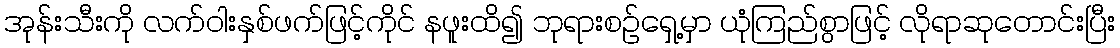
အုန်းသီးကို လက်ဝါးနှစ်ဖက်ဖြင့်ကိုင် နဖူးထိ၍ ဘုရားစဉ်ရှေ့မှာ ယုံကြည်စွာဖြင့် လိုရာဆုတောင်းပြီး